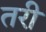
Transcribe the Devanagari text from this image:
तरी